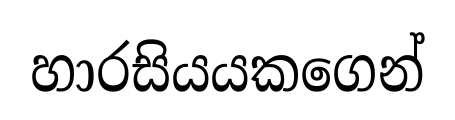
හාරසියයකගෙන්